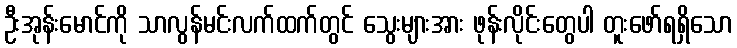
ဦးအုန်းမောင်ကို သာလွန်မင်းလက်ထက်တွင် သွေးများအား ဖုန်းလိုင်းတွေပါ တူးဖော်ရရှိသော